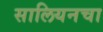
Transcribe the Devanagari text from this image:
सालियनचा